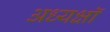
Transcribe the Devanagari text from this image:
अध्यक्षॉ